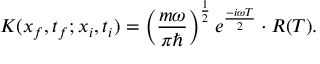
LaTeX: K ( x _ { f } , t _ { f } ; x _ { i } , t _ { i } ) = \left( { \frac { m \omega } { \pi \hbar } } \right) ^ { \frac { 1 } { 2 } } e ^ { \frac { - i \omega T } { 2 } } \cdot R ( T ) .